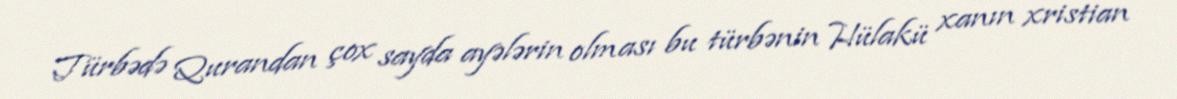
Türbədə Qurandan çox sayda ayələrin olması bu türbənin Hülakü xanın xristian